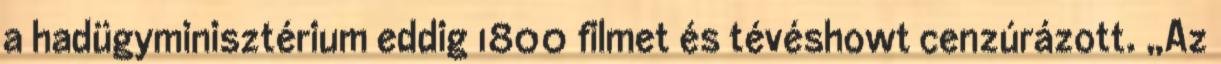
a hadügyminisztérium eddig 1800 filmet és tévéshowt cenzúrázott. „Az